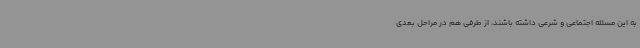
به این مسئله اجتماعی و شرعی داشته باشند، از طرفی هم در مراحل بعدی